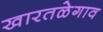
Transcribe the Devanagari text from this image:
खारतळेगाव